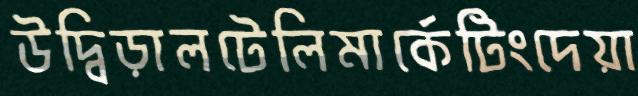
উদ্বিড়ালটেলিমার্কেটিংদেয়া